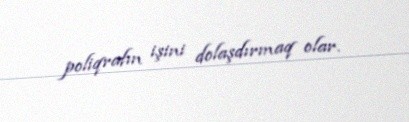
poliqrafın işini dolaşdırmaq olar.